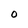
Character: O